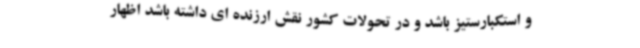
و استکبارستیز باشد و در تحولات کشور نقش ارزنده ای داشته باشد اظهار